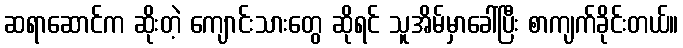
ဆရာဆောင်က ဆိုးတဲ့ ကျောင်းသားတွေ ဆိုရင် သူအိမ်မှာခေါ်ပြီး စာကျက်ခိုင်းတယ်။